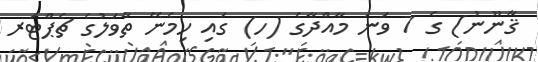
ޤާނޫނު) ގެ 7 ވަނަ މާއްދާގެ (ހ) ގައި ހިމެނޭ ތާވަލުގެ ޗެޕްޓަރ